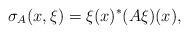
LaTeX: \begin{align*}\sigma_A(x,\xi)=\xi(x)^{*}(A\xi)(x),\end{align*}